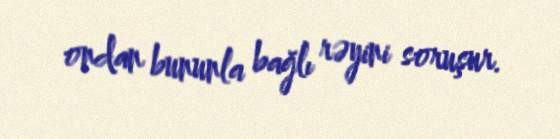
ondan bununla bağlı rəyini soruşur.